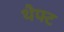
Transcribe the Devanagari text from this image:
थैफ्ट